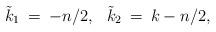
LaTeX: \begin{align*}\tilde{k}_1 \: = \: -n/2, \: \: \: \tilde{k}_2 \: = \: k - n/2,\end{align*}